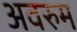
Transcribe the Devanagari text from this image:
अवरुम